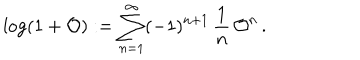
\log ( 1 + { \cal O } ) : = \sum _ { n = 1 } ^ { \infty } ( - 1 ) ^ { n + 1 } \, { \frac { 1 } { n } } \, { \cal O } ^ { n } \, .